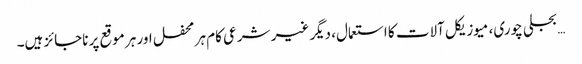
… بجلی چوری، میوزیکل آلات کا استعمال، دیگر غیر شرعی کام ہر محفل اور ہر موقع پر ناجائز ہیں۔